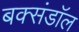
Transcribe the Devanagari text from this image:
बक्संडाॅल